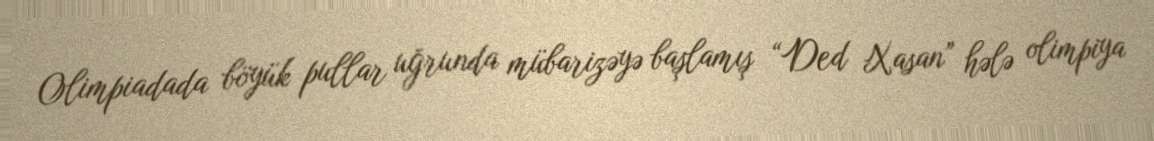
Olimpiadada böyük pullar uğrunda mübarizəyə başlamış “Ded Xasan” hələ olimpiya